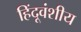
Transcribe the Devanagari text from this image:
हिंदूवंशीय